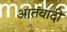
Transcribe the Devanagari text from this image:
आतंवादी